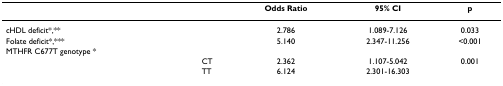
|  |  | Odds Ratio | 95% CI | p |
 | --- | --- | --- | --- | --- |
 | cHDL deficit*,** |  | 2.786 | 1.089-7.126 | 0.033 |
 | Folate deficit*,*** |  | 5.140 | 2.347-11.256 | <0.001 |
 | MTHFR C677T genotype * |  |  |  |  |
 |  | CT | 2.362 | 1.107-5.042 | 0.001 |
 |  | TT | 6.124 | 2.301-16.303 |  |